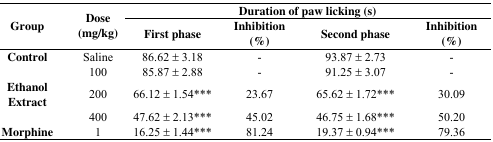
<table><thead><tr><td rowspan="2"><b>Group</b></td><td rowspan="2"><b>Dose (mg/kg)</b></td><td colspan="4"><b>Duration of paw licking (s)</b></td></tr><tr><td><b>First phase</b></td><td><b>Inhibition (%)</b></td><td><b>Second phase</b></td><td><b>Inhibition (%)</b></td></tr></thead><tbody><tr><td rowspan="2"><b>Control</b></td><td>Saline</td><td>86.62 ± 3.18</td><td>-</td><td>93.87 ± 2.73</td><td>-</td></tr><tr><td>100</td><td>85.87 ± 2.88</td><td>-</td><td>91.25 ± 3.07</td><td>-</td></tr><tr><td rowspan="2"><b>Ethanol Extract</b></td><td>200</td><td>66.12 ± 1.54***</td><td>23.67</td><td>65.62 ± 1.72***</td><td>30.09</td></tr><tr><td>400</td><td>47.62 ± 2.13***</td><td>45.02</td><td>46.75 ± 1.68***</td><td>50.20</td></tr><tr><td><b>Morphine</b></td><td>1</td><td>16.25 ± 1.44***</td><td>81.24</td><td>19.37 ± 0.94***</td><td>79.36</td></tr></tbody></table>